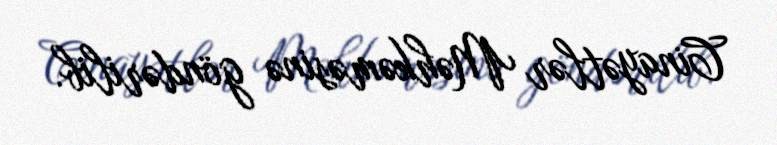
Cinayətlər Məhkəməsinə göndərilib.